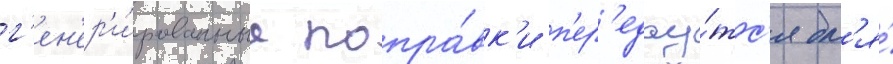
г'ен'ер'и́рованные попра́вк'и п'ер'едау́тс'я дл'я́